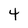
Character: 4